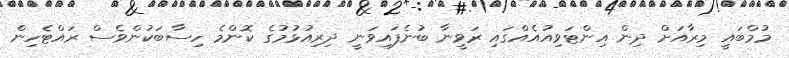
މުމްބައީ މިރާއަށް ދިން އިންޓަވިއުއެއްގައި ރަވީނާ ބުނެފައިވަނީ ދިރިއުޅުމުގެ ކޮންމެ ހިސާބަކުންވެސް ރައްޓެހިން